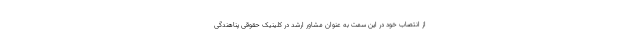
از انتصاب خود در این سمت به عنوان مشاور ارشد در کلینیک حقوقی پناهندگی